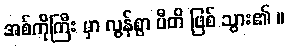
အစ်ကိုကြီး မှာ လွန်စွာ ပီတိ ဖြစ် သွား၏ ။